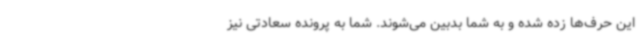
این حرف‌ها زده شده و به شما بدبین می‌شوند. شما به پرونده سعادتی نیز